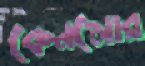
কেনমোর